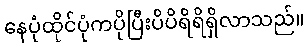
နေပုံထိုင်ပုံကပိုပြီးပိပိရိရိရှိလာသည်။